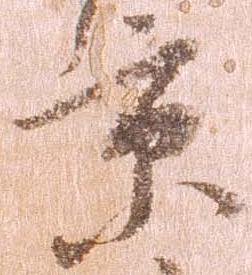
京